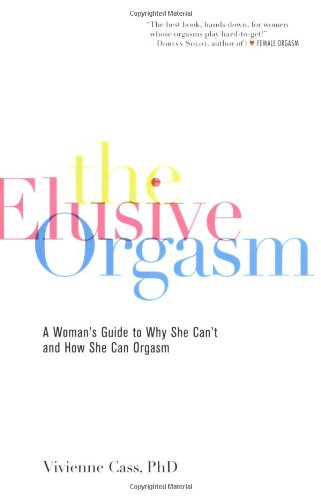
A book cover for The Elusive Orgasm: A Woman's Guide to Why She Can't and How She Can Orgasm; Vivienne Cass Ph.D. Ph.D.; Health, Fitness & Dieting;